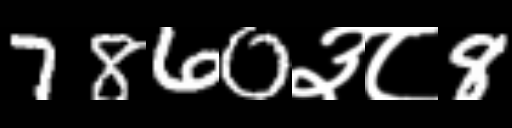
Text: 7860३८8